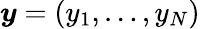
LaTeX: \boldsymbol{y}=\left(y_{1},\dots,y_{N}\right)